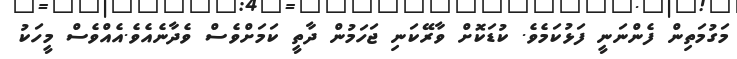
މަގުމަތިން ފެންނަނީ ފަޅުކަމެވެ. ކުޑަކޮށް ވާރޭކަނި ޖަހަމުން ދާތީ ކަމަށްވެސް ވެދާނެއެވެ.އެއްވެސް މީހަކު